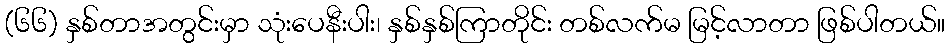
(၆၆) နှစ်တာအတွင်းမှာ သုံးပေနီးပါး၊ နှစ်နှစ်ကြာတိုင်း တစ်လက်မ မြင့်လာတာ ဖြစ်ပါတယ်။